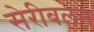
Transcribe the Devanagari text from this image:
सेरीबलम